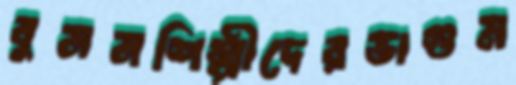
বুননশিল্পীদেরভাগুম